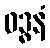
ဝဒ္ဓနံ